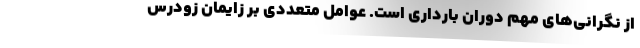
از نگرانی‌های مهم دوران بارداری است. عوامل متعددی بر زایمان زودرس